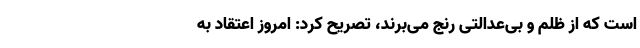
است که از ظلم و بی‌عدالتی رنج می‌برند، تصریح کرد: امروز اعتقاد به